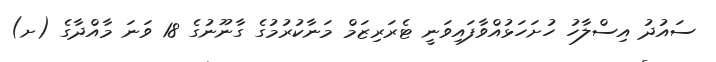
ސައުދު އިސްލާހު ހުށަހަޅުއްވާފައިވަނީ ޓެރަރިޒަމް މަނާކުރުމުގެ ގާނޫނުގެ 18 ވަނަ މާއްދާގެ (ށ)